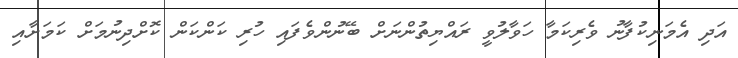
އަދި އެމަނިކުފާނު ވެރިކަމާ ހަވާލުވީ ރައްޔިތުންނަށް ބޭނުންވެފައި ހުރި ކަންކަން ކޮށްދިނުމަށް ކަމަށާއި